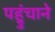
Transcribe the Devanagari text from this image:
पहुुंचाने